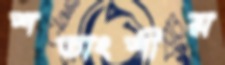
শতাংশীয়